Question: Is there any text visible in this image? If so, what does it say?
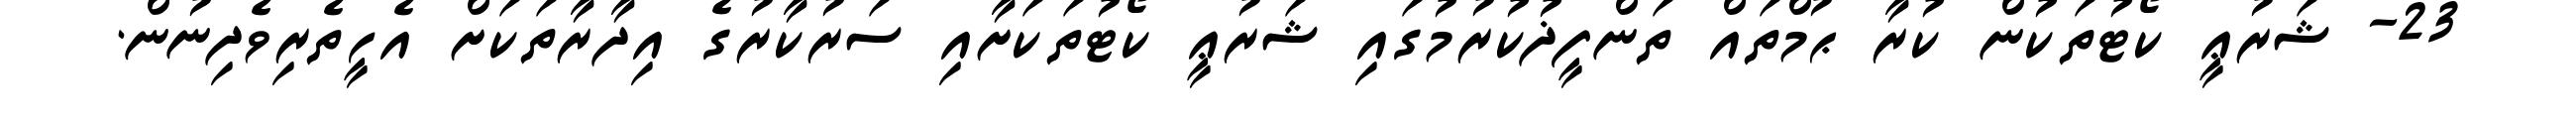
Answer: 23- ޝަރުޢީ ކޯޓުތަކުން ކުރާ ޙުމްތައް ތަންފީޛުކުރުމުގައި ޝަރުޢީ ކޯޓުތަކަށާއި ސަރުކާރުގެ އިދާރާތަކަށް އެހީތެރިވެދިނުން.